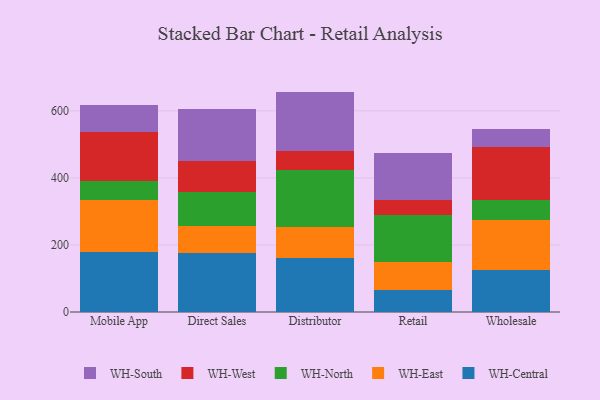
{"axis": {"x": "Channel", "y": "Inventory Turnover"}, "legend": ["WH-Central", "WH-East", "WH-North", "WH-South", "WH-West"], "data": [{"x": "Mobile App", "y": 177.6, "type": "WH-Central"}, {"x": "Mobile App", "y": 156.7, "type": "WH-East"}, {"x": "Mobile App", "y": 55.3, "type": "WH-North"}, {"x": "Mobile App", "y": 148.7, "type": "WH-West"}, {"x": "Mobile App", "y": 77.8, "type": "WH-South"}, {"x": "Direct Sales", "y": 175.1, "type": "WH-Central"}, {"x": "Direct Sales", "y": 82.2, "type": "WH-East"}, {"x": "Direct Sales", "y": 99.3, "type": "WH-North"}, {"x": "Direct Sales", "y": 92.6, "type": "WH-West"}, {"x": "Direct Sales", "y": 157.5, "type": "WH-South"}, {"x": "Distributor", "y": 162.3, "type": "WH-Central"}, {"x": "Distributor", "y": 90.9, "type": "WH-East"}, {"x": "Distributor", "y": 171.6, "type": "WH-North"}, {"x": "Distributor", "y": 54.0, "type": "WH-West"}, {"x": "Distributor", "y": 178.5, "type": "WH-South"}, {"x": "Retail", "y": 64.4, "type": "WH-Central"}, {"x": "Retail", "y": 84.0, "type": "WH-East"}, {"x": "Retail", "y": 139.7, "type": "WH-North"}, {"x": "Retail", "y": 44.6, "type": "WH-West"}, {"x": "Retail", "y": 141.2, "type": "WH-South"}, {"x": "Wholesale", "y": 124.8, "type": "WH-Central"}, {"x": "Wholesale", "y": 150.2, "type": "WH-East"}, {"x": "Wholesale", "y": 60.0, "type": "WH-North"}, {"x": "Wholesale", "y": 157.5, "type": "WH-West"}, {"x": "Wholesale", "y": 52.8, "type": "WH-South"}]}